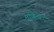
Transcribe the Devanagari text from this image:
मणिउर